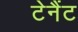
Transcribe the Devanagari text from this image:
टेनैंट